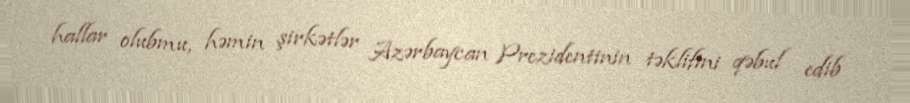
hallar olubmu, həmin şirkətlər Azərbaycan Prezidentinin təklifini qəbul edib